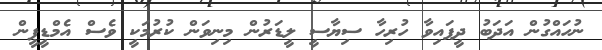
ނުހައްގުން އަދަބު ދީފައިވާ ހުރިހާ ސިޔާސީ ލީޑަރުން މިނިވަން ކުރުމަކީ ވެސް އެމްޑީޕީން